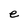
Character: e